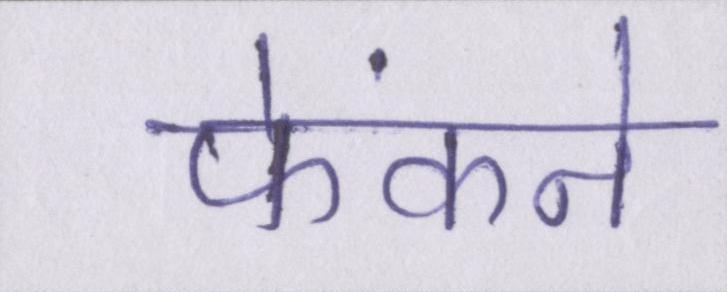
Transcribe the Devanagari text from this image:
फेंकने